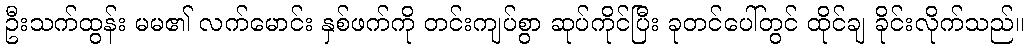
ဦးသက်ထွန်း မမ၏ လက်မောင်း နှစ်ဖက်ကို တင်းကျပ်စွာ ဆုပ်ကိုင်ပြီး ခုတင်ပေါ်တွင် ထိုင်ချ ခိုင်းလိုက်သည်။